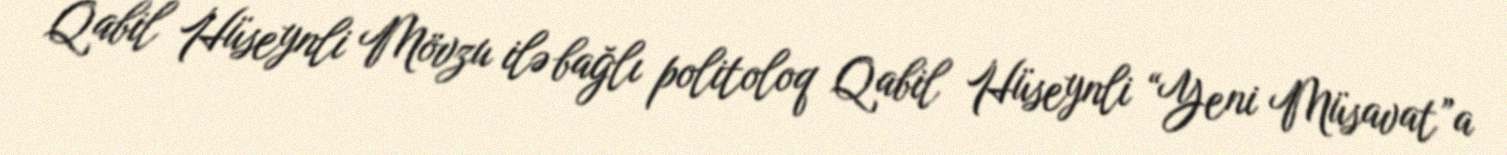
Qabil Hüseynli Mövzu ilə bağlı politoloq Qabil Hüseynli “Yeni Müsavat”a